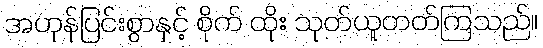
အဟုန်ပြင်းစွာနှင့် စိုက် ထိုး သုတ်ယူတတ်ကြသည်။